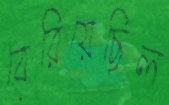
বেরিয়েছিল